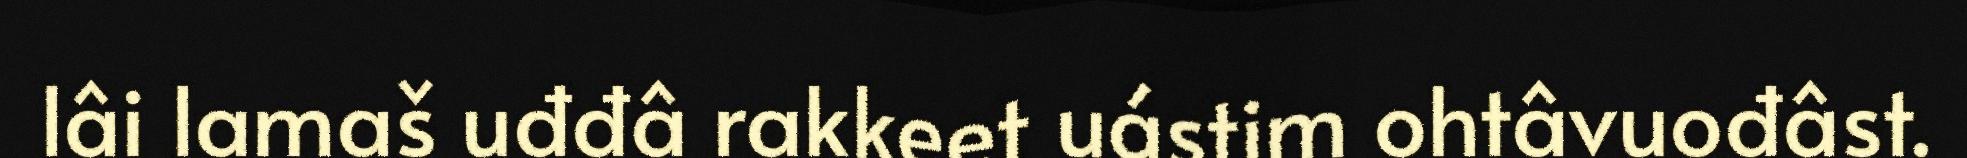
lâi lamaš uđđâ rakkeet uástim ohtâvuođâst.